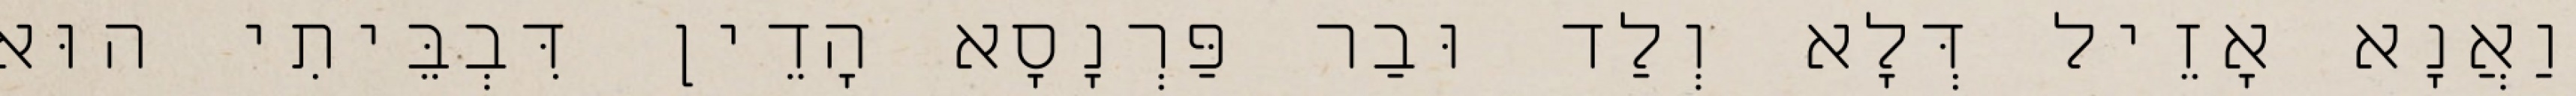
וַאֲנָא אָזֵיל דְּלָא וְלַד וּבַר פַּרְנָסָא הָדֵין דִּבְבֵּיתִי הוּא